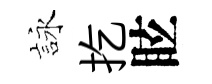
詠扢眩